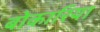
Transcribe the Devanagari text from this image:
बोकारिया